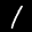
Label: 1